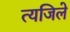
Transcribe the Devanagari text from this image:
त्यजिले